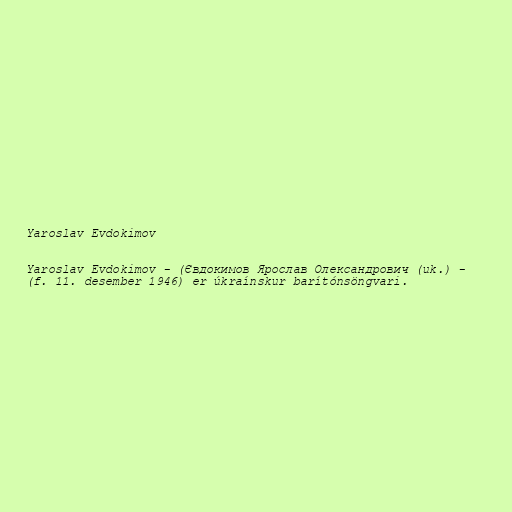
Yaroslav Evdokimov

Yaroslav Evdokimov - (Євдокимов Ярослав Олександрович (uk.) -
(f. 11. desember 1946) er úkraínskur barítónsöngvari.